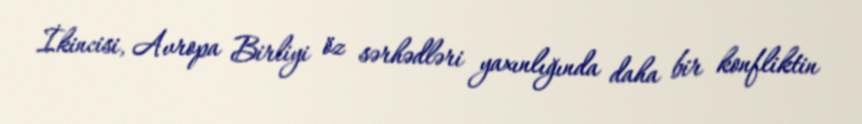
İkincisi, Avropa Birliyi öz sərhədləri yaxınlığında daha bir konfliktin